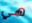
هي